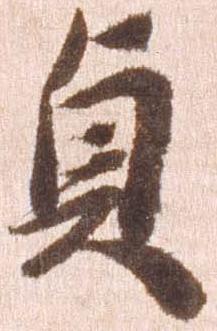
貞